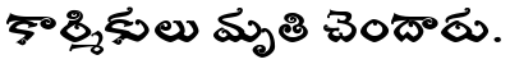
కార్మికులు మృతి చెందారు.